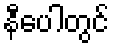
နီပေါတွင်